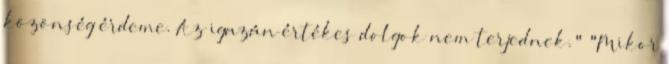
közönség érdeme. Az igazán értékes dolgok nem terjednek." "Mikor